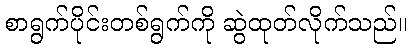
စာရွက်ပိုင်းတစ်ရွက်ကို ဆွဲထုတ်လိုက်သည်။